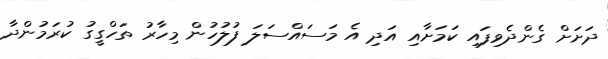
ދަށަށް ގެންދެވިފައި ކަމަށާއި އަދި އެ މަސައްސަލަ ފުލުހުން މިހާރު ތަހްގީގު ކުރަމުންދާ